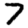
Digit: 7